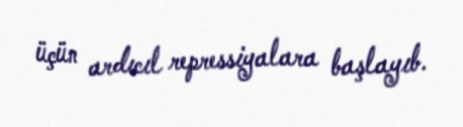
üçün ardıcıl repressiyalara başlayıb.